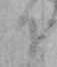
か